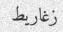
زغاريط